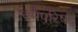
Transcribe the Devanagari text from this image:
धर्मपरिषद्